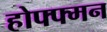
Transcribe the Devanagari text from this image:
होफ्फ्मन